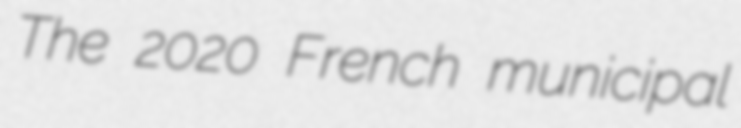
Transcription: The 2020 French municipal